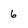
Character: 6